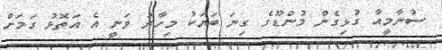
ސުނާމީއާ ގުޅިގެން މުންޑޫގެ ގިނަ ބަޔަކު މިހާރު ވަނީ އެ އަތޮޅު ގަމަށް